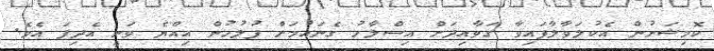
ކޮމިޝަނުން އެކުލަވާލާފައިވާ ގަވާއިދަށް އިސްލާހު ގެނައުމަށް ފުލުހުން އިއްޔެ ވަނީ އެދިފަ އެވެ.